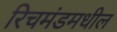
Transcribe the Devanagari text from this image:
रिचमंडमधील